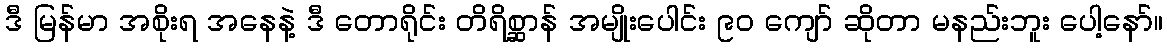
ဒီ မြန်မာ အစိုးရ အနေနဲ့ ဒီ တောရိုင်း တိရိစ္ဆာန် အမျိုးပေါင်း ၉၀ ကျော် ဆိုတာ မနည်းဘူး ပေါ့နော်။